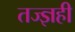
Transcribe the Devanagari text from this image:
तज्ज्ञही